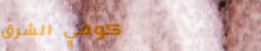
كوفي الشرق